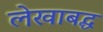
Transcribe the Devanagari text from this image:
लेखाबद्ध